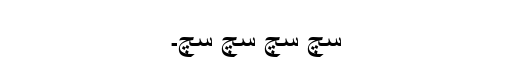
سچ سچ سچ سچ۔